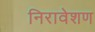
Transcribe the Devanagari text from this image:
निरावेशण